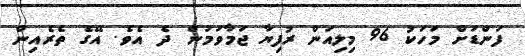
ފަންޑަށް މަހަކު 96 މިލިއަން ރުފިޔާ ޖަމާވަމުން ދެ އެވެ. އޭގެ ތެރެއިން